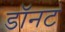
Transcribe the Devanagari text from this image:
डॉनट